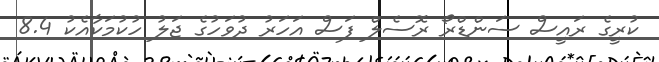
ކުރީގެ ރައީސް ސަންޑްރޯ ރޮސެލް ފަސް އަހަރު ދުވަހުގެ ޖަލު ހުކުމަކާއެކު 8.4